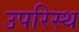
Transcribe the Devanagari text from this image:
उपरिस्थ